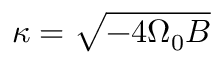
\kappa = { \sqrt { - 4 \Omega _ { 0 } B } }